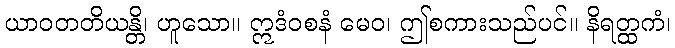
ယာဝတတိယန္တိ၊ ဟူသော။ ဣဒံဝစနံ မေဝ၊ ဤစကားသည်ပင်။ နိရတ္ထကံ၊